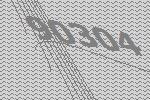
90304